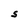
Character: S